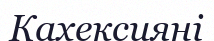
Кахексияні